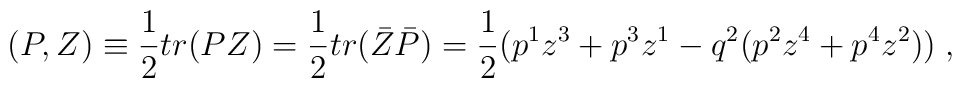
(P,Z) \equiv \frac{1}{2} tr(PZ)=\frac{1}{2} tr( \bar{Z} \bar{P})=\frac{1}{2}(p^1z^3+p^3z^1-q^2(p^2z^4+p^4z^2))\;,